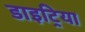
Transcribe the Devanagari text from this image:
डाइट्रिया